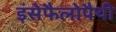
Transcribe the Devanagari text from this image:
इंसेफैलोपैथी